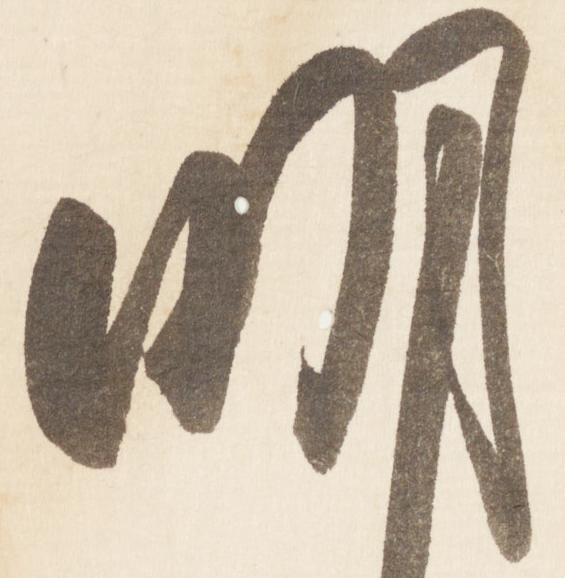
明